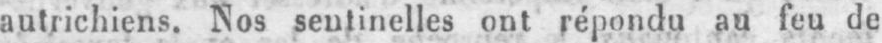
autrichiens. Nos sentinelles ont répondu au feu de